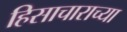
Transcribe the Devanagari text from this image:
हिसाचाराच्या